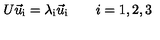
U \vec { u } _ { \mathrm { i } } = \lambda _ { \mathrm { i } } \vec { u } _ { \mathrm { i } } \qquad i = 1 , 2 , 3